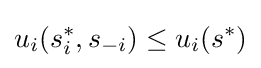
u_{i}(s_{i}^{\ast },s_{-i})\leq u_{i}(s^{\ast })